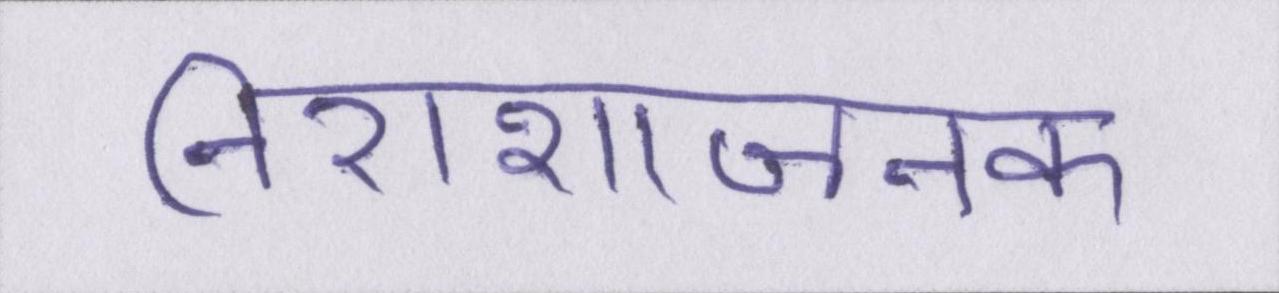
निराशाजनक